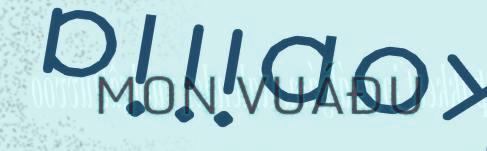
MON VUÁĐU